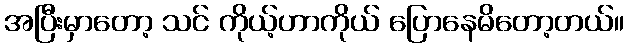
အပြီးမှာတော့ သင် ကိုယ့်ဟာကိုယ် ပြောနေမိတော့တယ်။